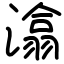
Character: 潝